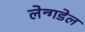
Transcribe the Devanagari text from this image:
लेन्गडेल